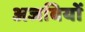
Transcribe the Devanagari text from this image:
अजबियों